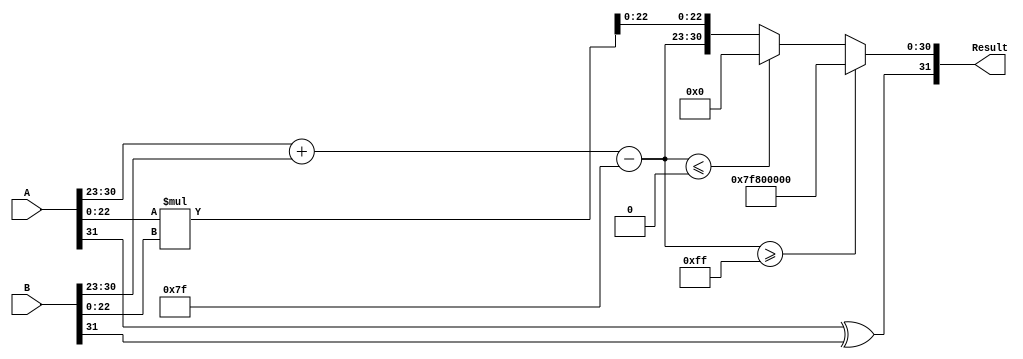
module floating_point_multiplier (
    input [31:0] A, // First floating-point number
    input [31:0] B, // Second floating-point number
    output reg [31:0] Result // Resulting floating-point number
);

    // Constants
    parameter BIAS = 127;
    parameter MANTISSA_WIDTH = 23;
    parameter EXPONENT_WIDTH = 8;

    // Internal signals
    reg signA, signB, signResult;
    reg [EXPONENT_WIDTH-1:0] exponentA, exponentB, exponentResult;
    reg [MANTISSA_WIDTH-1:0] mantissaA, mantissaB, mantissaResult;
    reg [MANTISSA_WIDTH+MANTISSA_WIDTH:0] mantissaProduct; // 46 bits for multiplication
    reg [EXPONENT_WIDTH:0] exponentSum; // 9 bits to accommodate overflow

    always @(*) begin
        // Extract sign, exponent, and mantissa from A
        signA = A[31];
        exponentA = A[30:23];
        mantissaA = {1'b1, A[22:0]}; // Implicit leading 1 for normalized numbers

        // Extract sign, exponent, and mantissa from B
        signB = B[31];
        exponentB = B[30:23];
        mantissaB = {1'b1, B[22:0]}; // Implicit leading 1 for normalized numbers

        // Sign calculation
        signResult = signA ^ signB;

        // Exponent calculation
        exponentSum = exponentA + exponentB - BIAS;
        
        // Mantissa multiplication
        mantissaProduct = mantissaA * mantissaB; // 46 bits

        // Normalization and rounding
        if (mantissaProduct[MANTISSA_WIDTH+MANTISSA_WIDTH] == 1) begin
            // Overflow: Shift right by 1 and increment exponent
            mantissaResult = mantissaProduct[MANTISSA_WIDTH+MANTISSA_WIDTH-1:MANTISSA_WIDTH];
            exponentResult = exponentSum + 1;
        end else begin
            // No overflow
            mantissaResult = mantissaProduct[MANTISSA_WIDTH-1:0];
            exponentResult = exponentSum;
        end

        // Check for underflow and overflow
        if (exponentResult >= 8'b11111111) begin
            // Result is infinity
            Result = {signResult, 8'b11111111, 23'b0};
        end else if (exponentResult <= 0) begin
            // Result is zero (or denormalized)
            Result = {signResult, 8'b0, 23'b0};
        end else begin
            // Assemble the result
            Result = {signResult, exponentResult[7:0], mantissaResult[MANTISSA_WIDTH-1:0]};
        end
    end

endmodule